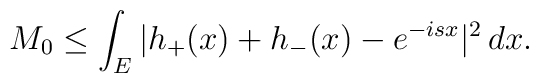
M_0\leq\int_E|h_+(x)+h_-(x)-e^{-isx}|^2\,dx.